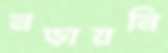
নড়ায়নি